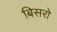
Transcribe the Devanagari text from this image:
बिसरो